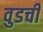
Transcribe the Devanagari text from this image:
वुडची